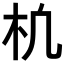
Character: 𣏆